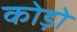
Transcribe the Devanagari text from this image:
कोड़ो